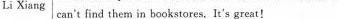
Li Xiang can't find them in bookstores. It's great!